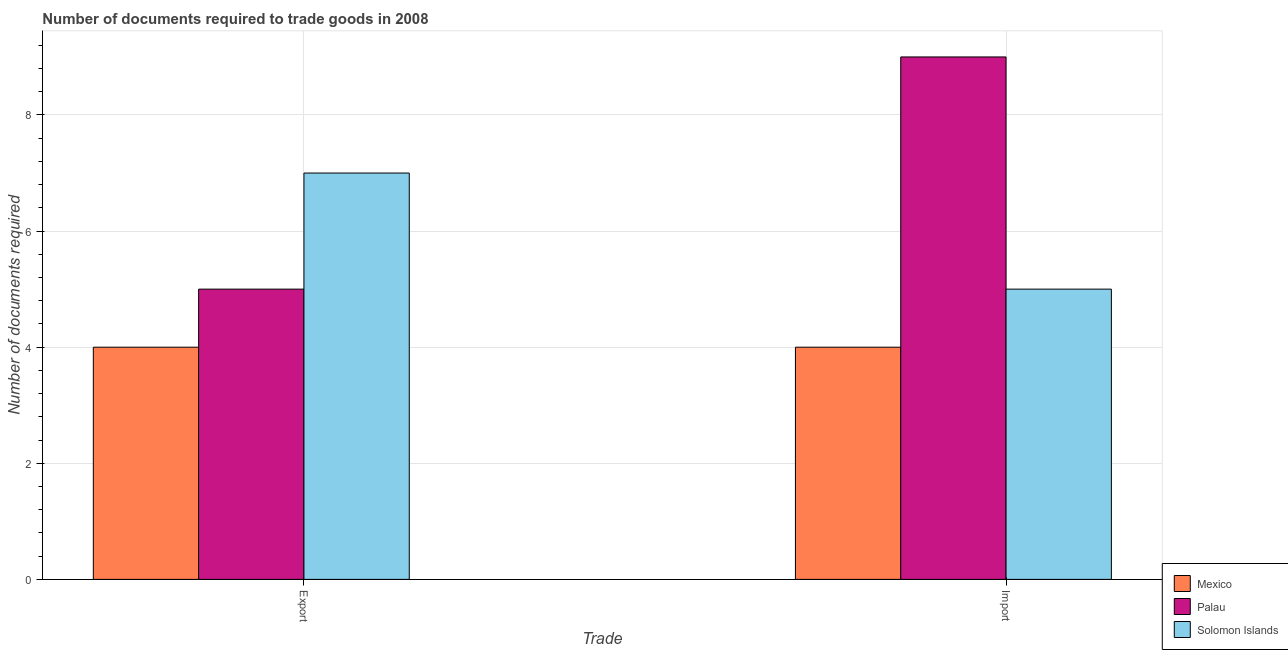
| Trade | Mexico | Palau | Solomon Islands |
 | --- | --- | --- | --- |
 | Export | 4 | 5 | 7 |
 | Import | 4 | 9 | 5 |